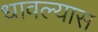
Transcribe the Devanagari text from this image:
धावल्यास